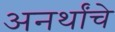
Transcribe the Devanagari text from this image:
अनर्थांचे